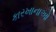
કારખાનાઓ